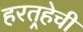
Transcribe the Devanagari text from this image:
हरतर्‍हेची